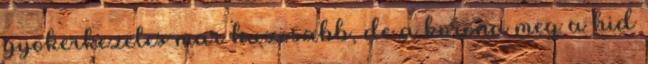
gyokerkezeles mar huzosabb, de a korona meg a hid